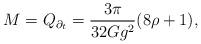
LaTeX: \begin{align*}M=Q_{\partial_t} = \frac{3\pi}{32Gg^2}(8\rho+1),\end{align*}